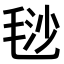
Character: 𣮅